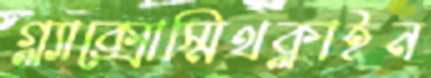
গ্ল্যাক্সোস্মিথক্লাইন